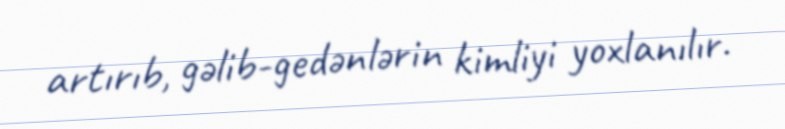
artırıb, gəlib-gedənlərin kimliyi yoxlanılır.